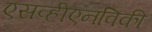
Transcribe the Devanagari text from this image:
एसव्हीएनविकी